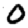
Digit: 0